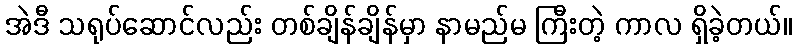
အဲဒီ သရုပ်ဆောင်လည်း တစ်ချိန်ချိန်မှာ နာမည်မ ကြီးတဲ့ ကာလ ရှိခဲ့တယ်။